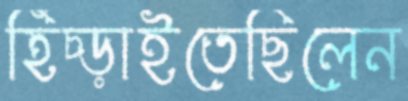
হিঁচ্‌ড়াইতেছিলেন